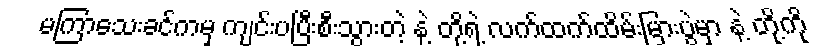
မကြာသေးခင်ကမှ ကျင်းပပြီးစီးသွားတဲ့ နဲ့ တို့ရဲ့ လက်ထက်ထိမ်းမြားပွဲမှာ နဲ့ တို့ကို